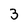
Character: 3